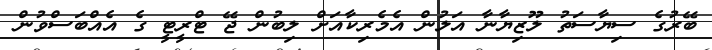
ބޭރުގެ ސިޔާސަތު ލޫޒިޔާނާ އަލުން އެމެރިކާއަށް ލިބުން ޖޭ ޓްރީޓީ ގެ އެއްބަސްވުން